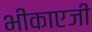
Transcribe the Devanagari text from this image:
भीकाएजी